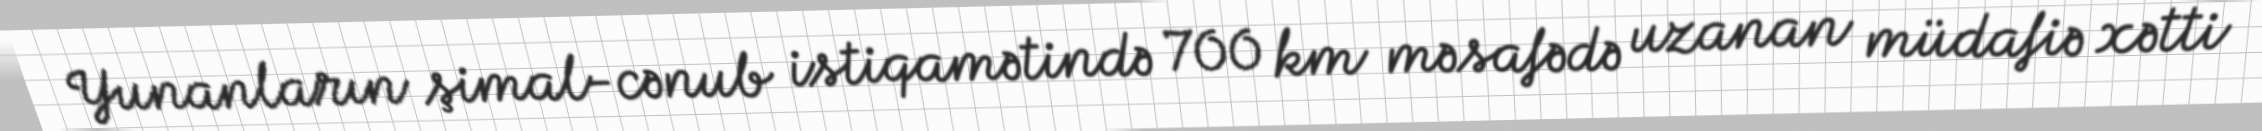
Yunanların şimal-cənub istiqamətində 700 km məsafədə uzanan müdafiə xətti